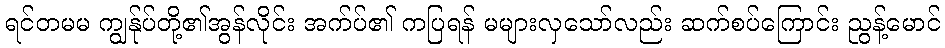
ရင်တမမ ကျွန်ုပ်တို့၏အွန်လိုင်း အက်ပ်၏ ကပြရန် မများလှသော်လည်း ဆက်စပ်ကြောင်း ညွန့်မောင်